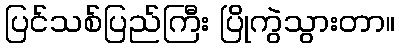
ပြင်သစ်ပြည်ကြီး ပြိုကွဲသွားတာ။